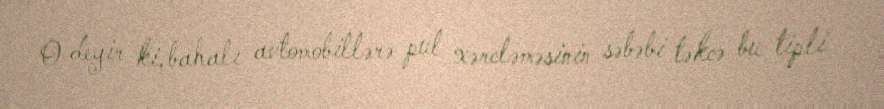
O deyir ki, bahalı avtomobillərə pul xərcləməsinin səbəbi təkcə bu tipli